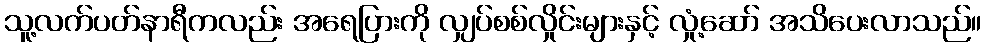
သူ့လက်ပတ်နာရီကလည်း အရေပြားကို လျှပ်စစ်လှိုင်းများနှင့် လှုံ့ဆော် အသိပေးလာသည်။